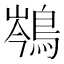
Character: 𪁏